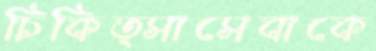
চিকিত্সাসেবাকে